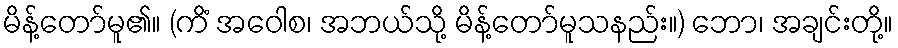
မိန့်တော်မူ၏။ (ကိံ အဝေါစ၊ အဘယ်သို့ မိန့်တော်မူသနည်း။) ဘော၊ အချင်းတို့။